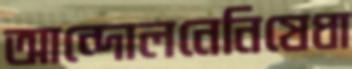
আন্দোলনেনিষেধা